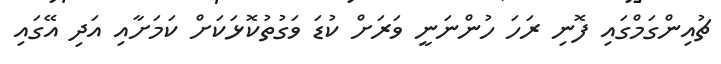
ޗުއިންގަމްގައި ފޮނި ރަހަ ހުންނަނީ ވަރަށް ކުޑަ ވަގުތުކޮޅަކަށް ކަމަށާއި އަދި އޭގައި